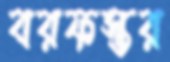
বরফস্তর